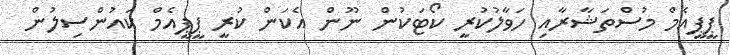
ޕީޕީއެމް މުސްތަޝާރާއި ހަވާލުކުރީ ކޯޓަކުން ނޫން އެކަން ކުރީ ޕީޕީއެމް ކައުންސިލުން